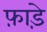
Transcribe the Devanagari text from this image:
फ़ाड़े